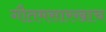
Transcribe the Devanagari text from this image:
गौतमसारखाच